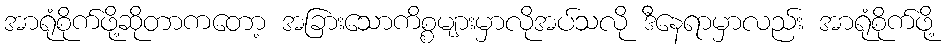
အာရုံစိုက်ဖို့ဆိုတာကတော့ အခြားသောကိစ္စများမှာလိုအပ်သလို ဒီနေရာမှာလည်း အာရုံစိုက်ဖို့